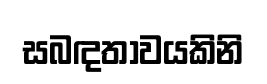
සබඳතාවයකිනි